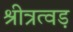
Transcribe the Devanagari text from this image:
श्रीत्रत्वड़